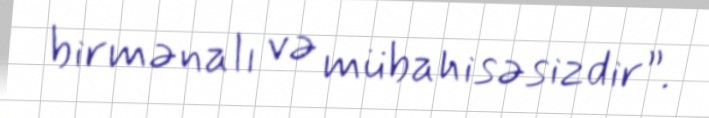
birmənalı və mübahisəsizdir”.